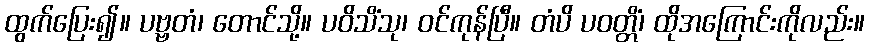
ထွက်ပြေး၍။ ပဗ္ဗတံ၊ တောင်သို့။ ပဝိသိံသု၊ ဝင်ကုန်ပြီ။ တံပိ ပဝတ္တိံ၊ ထိုအကြောင်းကိုလည်း။